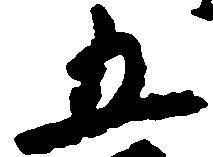
五